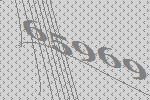
65969